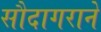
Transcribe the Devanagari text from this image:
सौदागराने